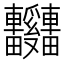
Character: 𫐃